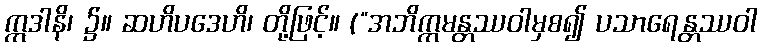
ဣဒါနိ၊ ၌။ ဆဟိပဒေဟိ၊ တို့ဖြင့်။ (“အဘိက္ကမန္တဿဝါမှစ၍ ပသာရေန္တဿဝါ